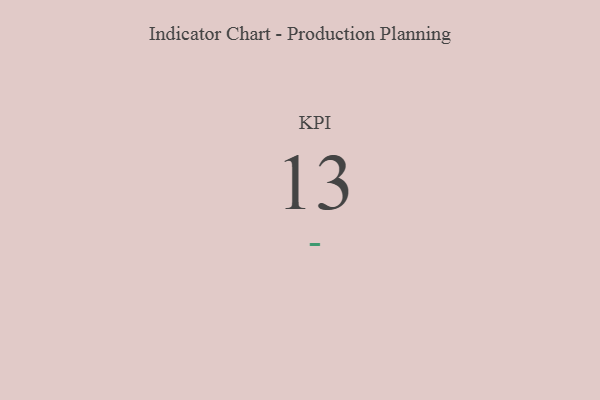
{"axis": {"x": "KPI", "y": "Value"}, "legend": [""], "data": [{"x": "KPI", "y": 13, "type": ""}]}